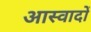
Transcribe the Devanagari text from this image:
आस्वादों